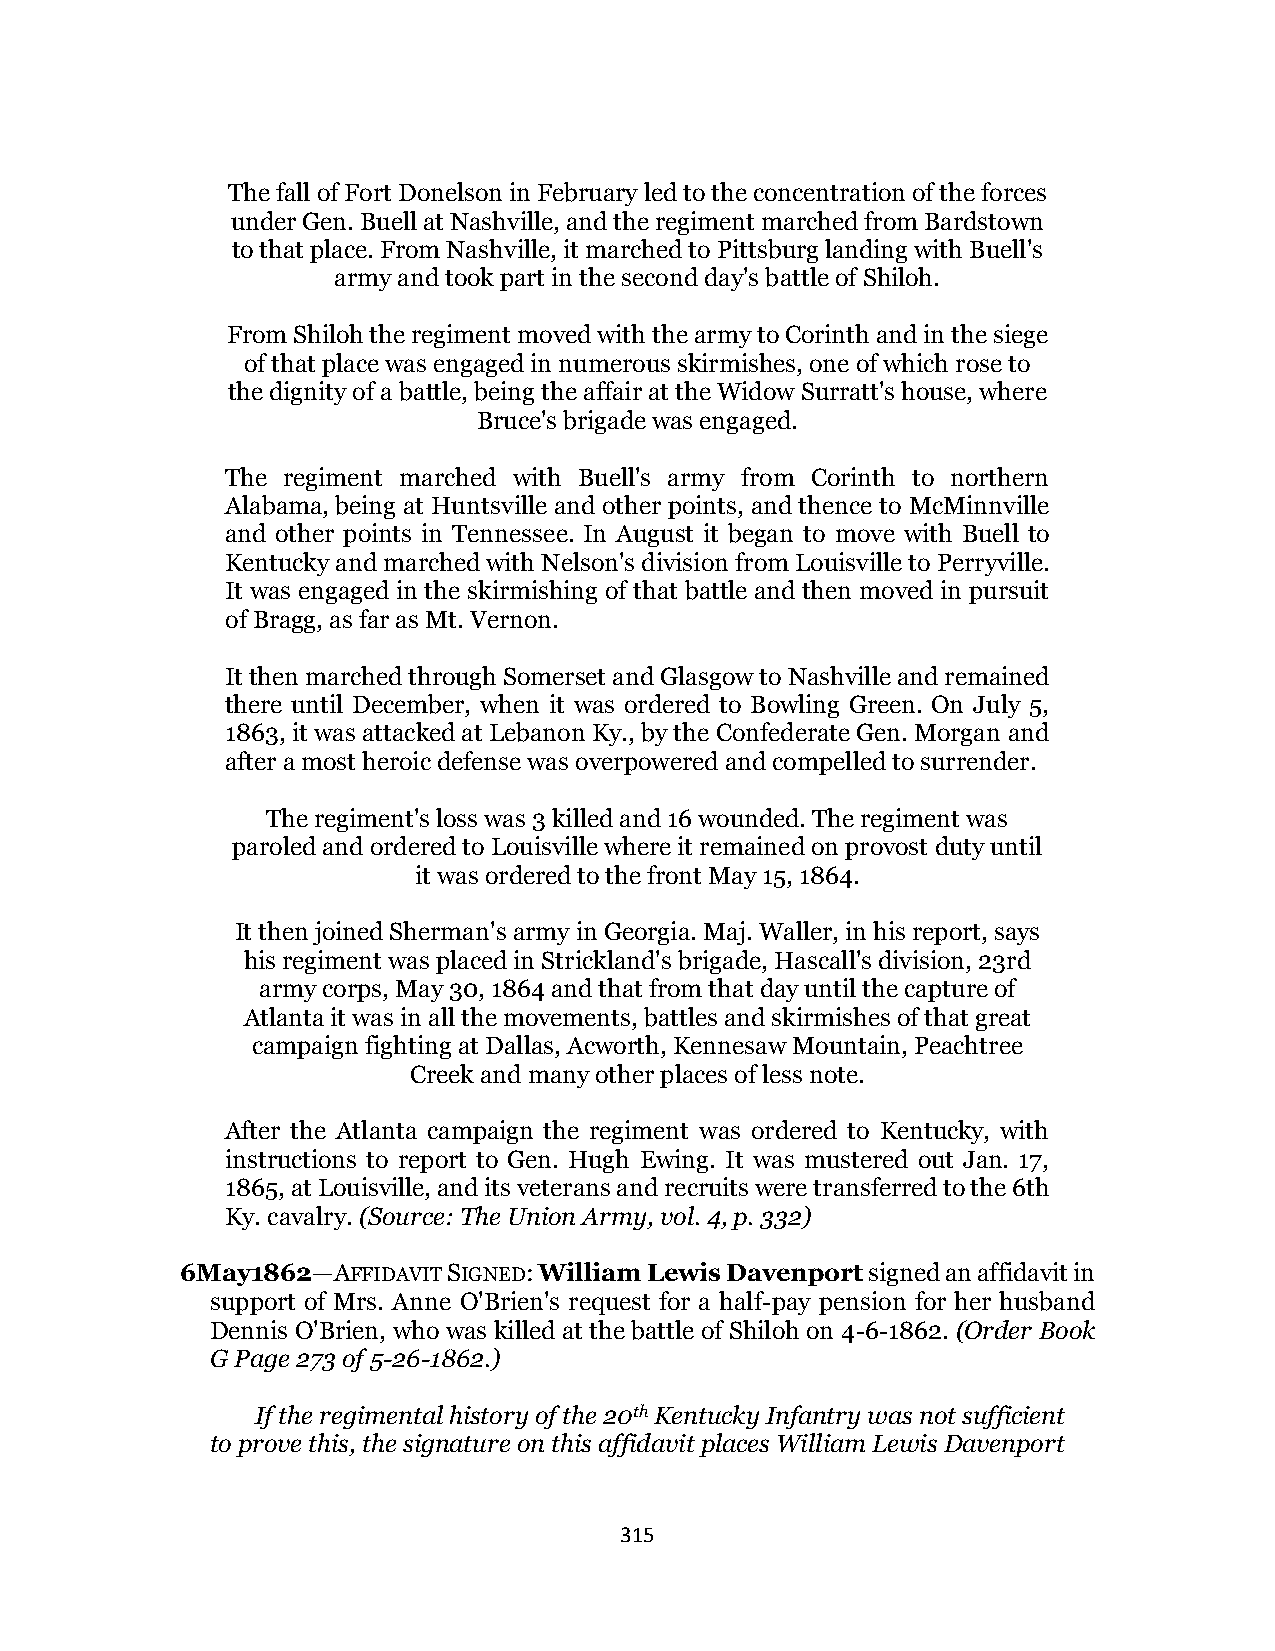
The fall of Fort Donelson in February led to the concentration of the forces
 under Gen. Buell at Nashville, and the regiment marched from Bardstown
 to that place. From Nashville, it marched to Pittsburg landing with Buell's
 army and took part in the second day's battle of Shiloh.
 From Shiloh the regiment moved with the army to Corinth and in the siege
 of that place was engaged in numerous skirmishes, one of which rose to
 the dignity of a battle, being the affair at the Widow Surratt's house, where
 Bruce's brigade was engaged.
 The regiment marched with Buell's army from Corinth to northern
 Alabama, being at Huntsville and other points, and thence to McMinnville
 and other points in Tennessee. In August it began to move with Buell to
 Kentucky and marched with Nelson's division from Louisville to Perryville.
 It was engaged in the skirmishing of that battle and then moved in pursuit
 of Bragg, as far as Mt. Vernon.
 It then marched through Somerset and Glasgow to Nashville and remained
 there until December, when it was ordered to Bowling Green. On July 5,
 1863, it was attacked at Lebanon Ky., by the Confederate Gen. Morgan and
 after a most heroic defense was overpowered and compelled to surrender.
 The regiment's loss was 3 killed and 16 wounded. The regiment was
 paroled and ordered to Louisville where it remained on provost duty until
 it was ordered to the front May 15, 1864.
 It then joined Sherman's army in Georgia. Maj. Waller, in his report, says
 his regiment was placed in Strickland's brigade, Hascall's division, 23rd
 army corps, May 30, 1864 and that from that day until the capture of
 Atlanta it was in all the movements, battles and skirmishes of that great
 campaign fighting at Dallas, Acworth, Kennesaw Mountain, Peachtree
 Creek and many other places of less note.
 After the Atlanta campaign the regiment was ordered to Kentucky, with
 instructions to report to Gen. Hugh Ewing. It was mustered out Jan. 17,
 1865, at Louisville, and its veterans and recruits were transferred to the 6th
 Ky. cavalry. (Source: The Union Army, vol. 4, p. 332)
 6May1862—AFFIDAVIT SIGNED: William Lewis Davenport signed an affidavit in
 support of Mrs. Anne O'Brien's request for a half-pay pension for her husband
 Dennis O'Brien, who was killed at the battle of Shiloh on 4-6-1862. (Order Book
 G Page 273 of 5-26-1862.)
 If the regimental history of the 20th Kentucky Infantry was not sufficient
 to prove this, the signature on this affidavit places William Lewis Davenport
 315